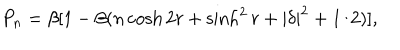
P _ { n } = \beta [ 1 - \beta ( n \cosh 2 r + \sinh ^ { 2 } r + | \delta | ^ { 2 } + 1 / 2 ) ] ,